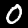
Label: 0